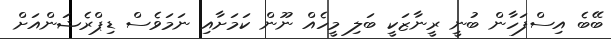
ބޭބެ އިސްފަހާން ބުނީ ރީނާޒަކީ ބަލި މީހެއް ނޫން ކަމަށާއި ނަމަވެސް ޑިޕްރެޝަންއަށް